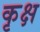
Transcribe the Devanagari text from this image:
कृक्ष